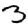
Digit: 3